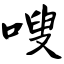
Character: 嗖